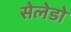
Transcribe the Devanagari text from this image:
सेलेडो